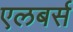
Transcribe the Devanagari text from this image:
एलबर्स